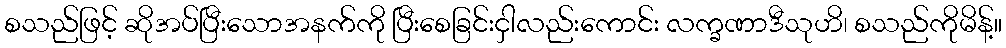
စသည်ဖြင့် ဆိုအပ်ပြီးသောအနက်ကို ပြီးစေခြင်းငှါလည်းကောင်း လက္ခဏာဒီသုဟိ၊ စသည်ကိုမိန့်။